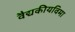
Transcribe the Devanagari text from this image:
वैद्यकीयविमा